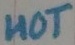
Text: HOT